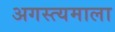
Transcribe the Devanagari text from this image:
अगस्त्यमाला